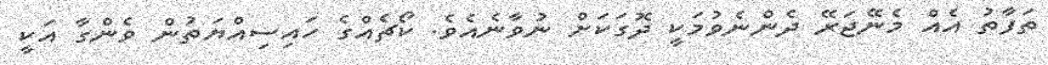
ތަފާތު އެއް މެނޭޖަރޭ ދެންނެވުމަކީ ދޮގަކަށް ނުވާނެއެވެ. ކޯޗެއްގެ ހައިސިއްޔަތުން ވެންގާ އަކީ